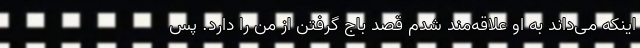
اینکه می‌داند به او علاقه‌مند شدم قصد باج گرفتن از من را دارد. پس